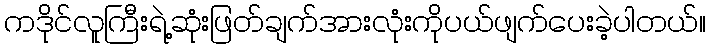
ကဒိုင်လူကြီးရဲ့ဆုံးဖြတ်ချက်အားလုံးကိုပယ်ဖျက်ပေးခဲ့ပါတယ်။